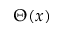
\Theta ( x )